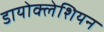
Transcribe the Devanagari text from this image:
डायोक्लेशियन